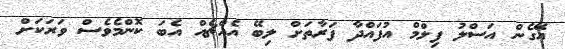
އޭގެން އަސްލު ފިލްމް އުފައްދާ ފަރާތަށް ލިބޭ އެއްޗެއް އެބަ ކޮންމެވެސް ވަރަކަށް